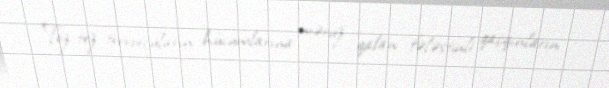
Tez-tez terrorçuların hücumlarına məruz qalan fələstinli qaçqınların